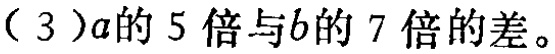
（3）\(a\)的\(5\)倍与\(b\)的\(7\)倍的差可表示为\(5a - 7b\)。